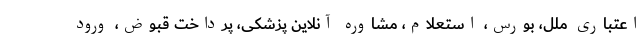
اعتباری ملل، بورس، استعلام، مشاوره آنلاین پزشکی، پرداخت قبوض، ورود